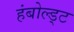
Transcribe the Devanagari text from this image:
हंबोल्ड्ट